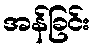
အန်ခြင်း